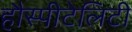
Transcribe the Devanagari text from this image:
हौस्पीटेलिटी